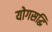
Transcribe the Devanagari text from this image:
योगसद्धि